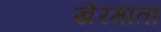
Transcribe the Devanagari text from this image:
खेरमाता